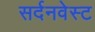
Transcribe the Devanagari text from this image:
सर्दनवेस्ट